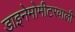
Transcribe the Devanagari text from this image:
डाइनेमोमीटरवाली